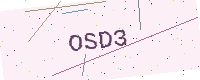
Text: OSD3